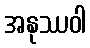
အနုဿဝါ